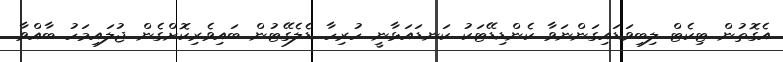
އެގޮތުން ޓިކެޓް ލިބިވަޑައިގަންނަވާ ކެންޑިޑޭޓަކު ކަނޑައަޅާނީ ހުރިހާ ޑެލެގޭޓުން ބައިވެރިކޮށްގެން ޖުލައިމަހު ބާއްވާ